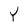
Character: Y